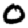
Digit: 0